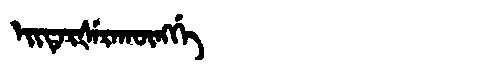
Manchu: ᡝᡳᡨᡝᡵᡧᡝᡵᠠᡴᡡᠩᡤᡝ
Romanization: EITERŠERAKŪNGGE